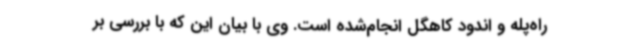
راه‌پله و اندود کاهگل انجام‌شده است. وی با بیان این که با بررسی بر